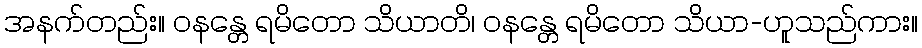
အနက်တည်း။ ဝနန္တေ ရမိတော သိယာတိ၊ ဝနန္တေ ရမိတော သိယာ-ဟူသည်ကား။